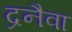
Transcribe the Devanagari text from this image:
द्रनैवा